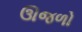
ઊજળો